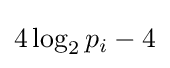
4\log _{2}p_{i}-4